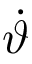
\dot { \vartheta }